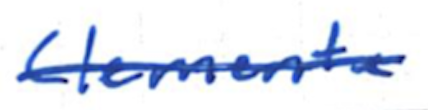
Text: Clemente
Cross-out: single-line
Writing tool: ballpoint